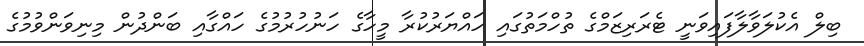
ބިލް އެކުލަވާލާފައިވަނީ ޓެރަރިޒަމްގެ ތުހްމަތުގައި ހައްޔަރުކުރާ މީހާގެ ހަނުހުރުމުގެ ހައްގާއި ބަންދުން މިނިވަންވުމުގެ